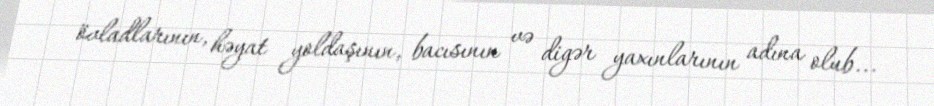
övladlarının, həyat yoldaşının, bacısının və digər yaxınlarının adına olub...